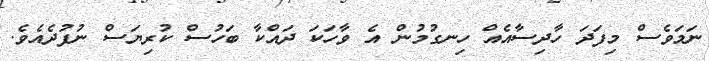
ނަމަވެސް މިފަދަ ހާދިސާއެއް ހިނގުމުން އެ ވާހަކަ ދައްކާ ބަހުސް ކުރިޔަސް ނުފުދެއެވެ.